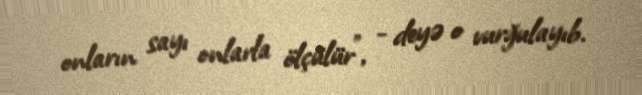
onların sayı onlarla ölçülür”, - deyə o vurğulayıb.